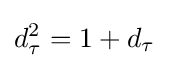
d_{\tau }^{2}=1+d_{\tau }